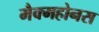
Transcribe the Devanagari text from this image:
मैक्महोनस